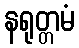
နရုတ္တမံ